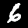
Digit: 6